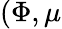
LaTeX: (\Phi,\mu